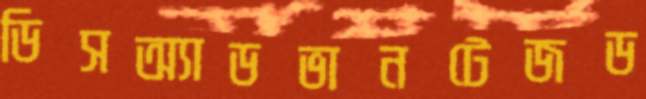
ডিসঅ্যাডভানটেজড